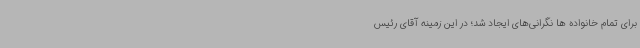
برای تمام خانواده ها نگرانی‌های ایجاد شد؛ در این زمینه آقای رئیس